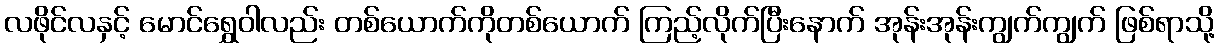
လဖိုင်လနှင့် မောင်ရွှေဝါလည်း တစ်ယောက်ကိုတစ်ယောက် ကြည့်လိုက်ပြီးနောက် အုန်းအုန်းကျွက်ကျွက် ဖြစ်ရာသို့